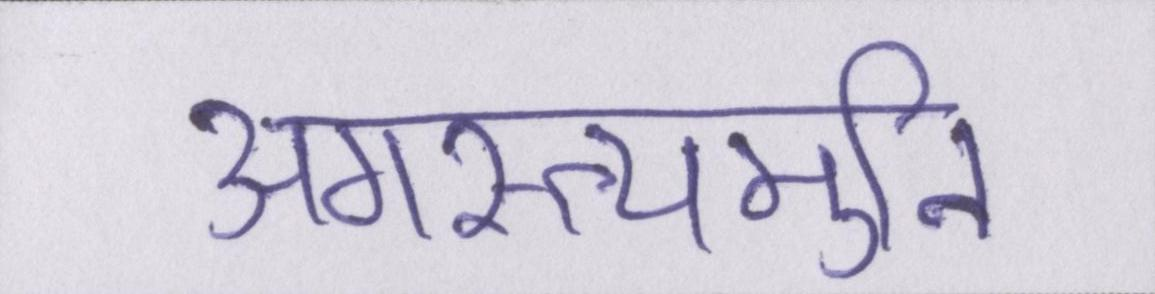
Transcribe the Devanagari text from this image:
अगस्त्यमुनि